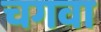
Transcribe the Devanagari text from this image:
चगवा